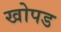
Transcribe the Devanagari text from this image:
खोपड